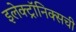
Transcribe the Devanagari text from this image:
इलेक्ट्रॉनिक्सची